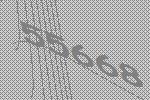
55668